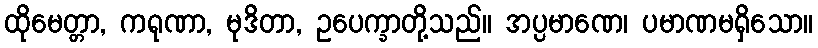
ထိုမေတ္တာ, ကရုဏာ, မုဒိတာ, ဥပေက္ခာတို့သည်။ အပ္ပမာဏေ၊ ပမာဏမရှိသော။